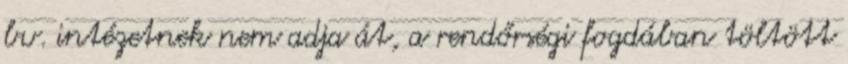
bv. intézetnek nem adja át, a rendőrségi fogdában töltött